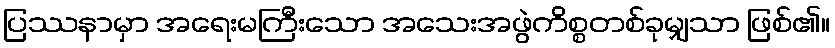
ပြဿနာမှာ အရေးမကြီးသော အသေးအဖွဲကိစ္စတစ်ခုမျှသာ ဖြစ်၏။